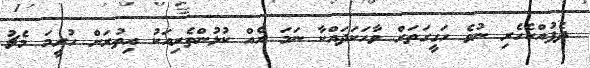
ދެފުއްކެހެރި ނުވެ ހަގީގަތަށް ވާހަކަދައްކާ ނަމަ އެއް ކުޅުންތެރިއަކު އިތުރަށް ހުރީމަ މެޗު